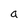
Character: a